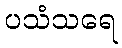
ပသံသရေ